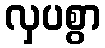
လှပစွာ